Report on plague in the Punjab from October 1st ... to September 30th ..., being the ... season of plague in the province
Disease focus: Plague
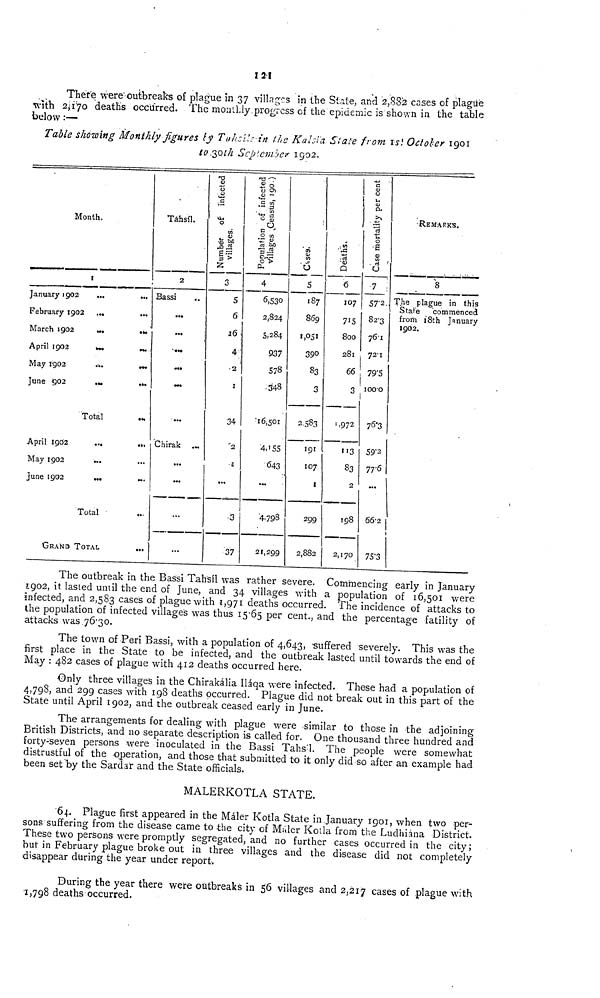
121
There were'outbreaks of plague in 37 villages in the Stale, and 2,882 cases of plague
with 2170 deaths occurred. The monely. progress of the epidemic is shown in the table
below :—
Table showing Monthly figures by Tuchis -in the Kalsi'a State from is October 1901
to 30 th September 1902.
Month.
January 1902
February 190
March 1902
April 1902
May 1902
June 902
April 1902
May 1902
June 1902
GRANO
1
...
2 ...
...
...
...
...
Total
...
...
...
Total
TOTAL
...
...
...
...
...
...
...
...
...
...
...
...
Táhsíl.
2
Bassi
..
...
...
...
...
...
...
Chirak
...
...
...
...
Number of infected
3
5
6
16
4
. 2
1
34
2
2
...
.3
37
Populatiopn of infected villages Census, 190.)
4
6,530
2,824
5,284
937
578
348
'16,501
4'55
643
...
4.798
21,299
Case
5
187
869
1,051
390
83
3
2583
191
107
1
299
2,882
Deaths
6
107
715
800
281
66
3
1,972
113
83
2
198
2,170
Case mortality per cent
7
57'2.
82-3
76.1
72-1
79.5
1000
7 6 '3
59'2
77.6
...
66.2
75.3
REMARKS.
8
The plague in this
State
commenced
from 18th January
1902.
1
The outbreak in the Bassi Tahsil was rather severe. Commencing early in January
1902, it lasied until the end of June, and 34 villages with a population of 16,501 were
infected, and 2,583 cases of plague with 1,971 deaths occurred. The incidence of attacks to
the population of infected villages was thus 15-65 per cent., and the percentage fatility of
attacks was 76-30.
The town of Peri Bassi, with a population of 4,643, -suffered severely. This was the
first place in the State to be infected, and the outbreak lasted until towards the end of
May : 482 cases of plague with 412 deaths occurred here.
Only three villages in the Chirakália IIáqa were infected. These had a population of
4,798, and 299 cases with 198 deaths occurred. Plague did not break out in this part of the
State until April 1902, and the outbreak ceased early in June.
The arrangements for dealing with plague were similar to those in the adjoining
British Districts, and no separate description is called for. One thousand three hundred and
forty : seven persons were inoculated in the Bassi Tahs'l. The people were somewhat
distrustful of the operation, and those that submitted to it only did so after an example had
been set by the Sardar and the State officials.
MALERKOTLA STATE.
64. Plague first appeared in the Máler Kotla State in January 1901, when two per-
sons suffering from the disease came to the city of Máler Kotla from the Ludhiána District.
These two persons were promptly segregated, and no further cases occurred in the city;
but in February plague broke out in three villages and the disease did not completely
disappear during the year under report.
During the year there were outbreaks in 56 villages and 2,217 cases of plague with
1,798 deaths occurred.